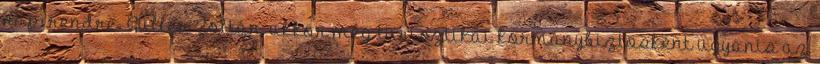
napirendre. Guller Zoltán, akkor még turisztikai kormánybiztosként ugyanis az